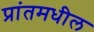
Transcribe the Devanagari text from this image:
प्रांतमधील